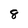
Character: 8